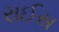
રાઈસ